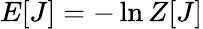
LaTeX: E[J]=-\ln Z[J]